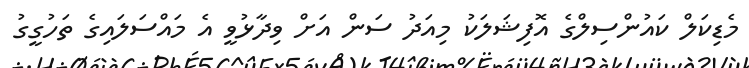
މެޑިކަލް ކައުންސިލްގެ އޮފިޝަލަކު މިއަދު ސަން އަށް ވިދާޅުވީ އެ މައްސަލައިގެ ތަހުގީގު